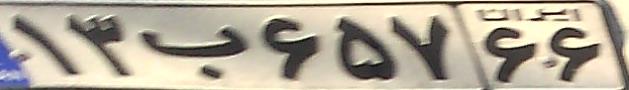
۱۳ب۶۵۷۶۶